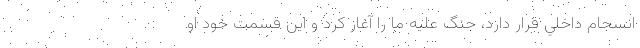
انسجام داخلي قرار دارد، جنگ عليه ما را آغاز كرد و اين قسمت خود او